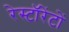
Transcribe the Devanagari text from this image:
रेस्टॉरेंटों